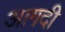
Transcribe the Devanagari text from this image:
आगदी